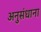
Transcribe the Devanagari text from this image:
अनुसंधाना